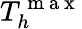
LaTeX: T_{h}^{\mathrm{~m~a~x~}}